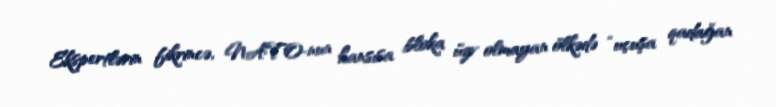
Ekspertlərin fikrincə, NATO-nun hansısa bloka üzv olmayan ölkədə “uçuşa qadağan